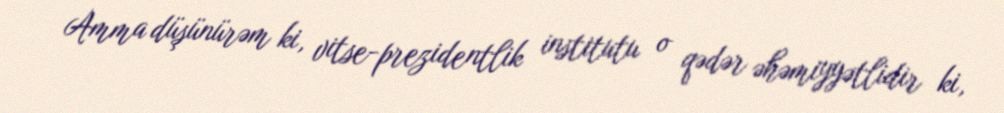
Amma düşünürəm ki, vitse-prezidentlik institutu o qədər əhəmiyyətlidir ki,